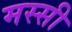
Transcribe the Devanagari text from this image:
मस्सी